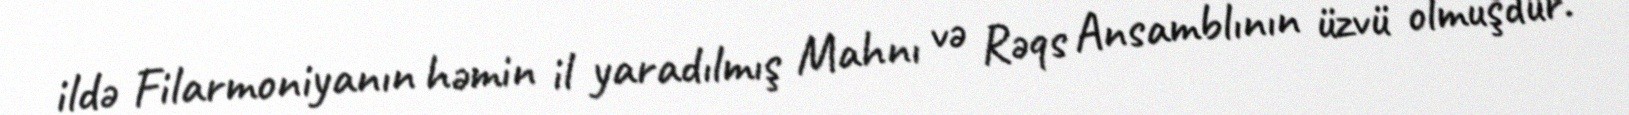
ildə Filarmoniyanın həmin il yaradılmış Mahnı və Rəqs Ansamblının üzvü olmuşdur.